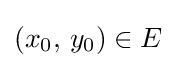
\left(x_{0},\,y_{0}\right)\in E